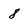
Character: 8